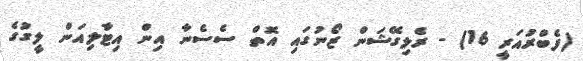
(ފެބްރުއަރީ 16) - ރެލިގޭޝަން ޒޯނުގައި އޮތް ސެސެނާ އިން އިޓާލިއަން ލީގުގެ